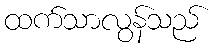
ထက်သာလွန်သည်